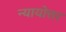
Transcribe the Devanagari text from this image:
न्यायोत्तर